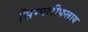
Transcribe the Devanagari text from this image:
सिम्पलीफलाय